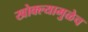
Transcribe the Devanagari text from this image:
खोक्ल्यामुळेच